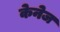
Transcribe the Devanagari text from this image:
केनेज